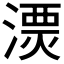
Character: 𣻔